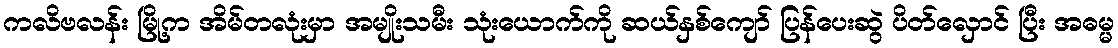
ကလိဗလန်း မြို့က အိမ်တလုံးမှာ အမျိုးသမီး သုံးယောက်ကို ဆယ်နှစ်ကျော် ပြန်ပေးဆွဲ ပိတ်လှောင် ပြီး အဓမ္မ